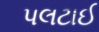
પલટાઈ